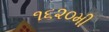
૧૬૨૦મી